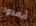
أبعدوا